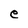
Character: e